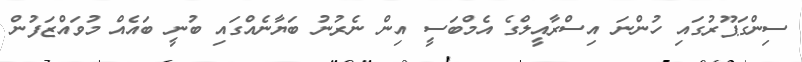
ސިންގަޕޫރުގައި ހުންނަ އިސްރާއީލްގެ އެމްބަސީ އިން ނެރުނު ބަޔާނެއްގައި ބުނީ ބައެއް މުވައްޒަފުން